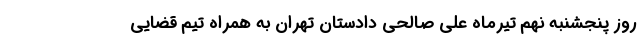
روز پنجشنبه نهم تیرماه علی صالحی دادستان تهران به همراه تیم قضایی